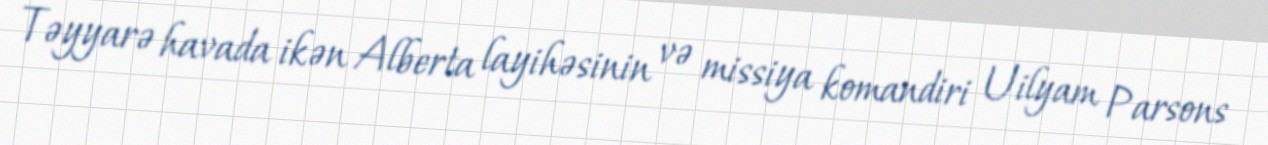
Təyyarə havada ikən Alberta layihəsinin və missiya komandiri Uilyam Parsons